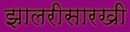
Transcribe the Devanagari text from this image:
झालरीसारखी